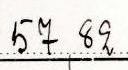
57,82